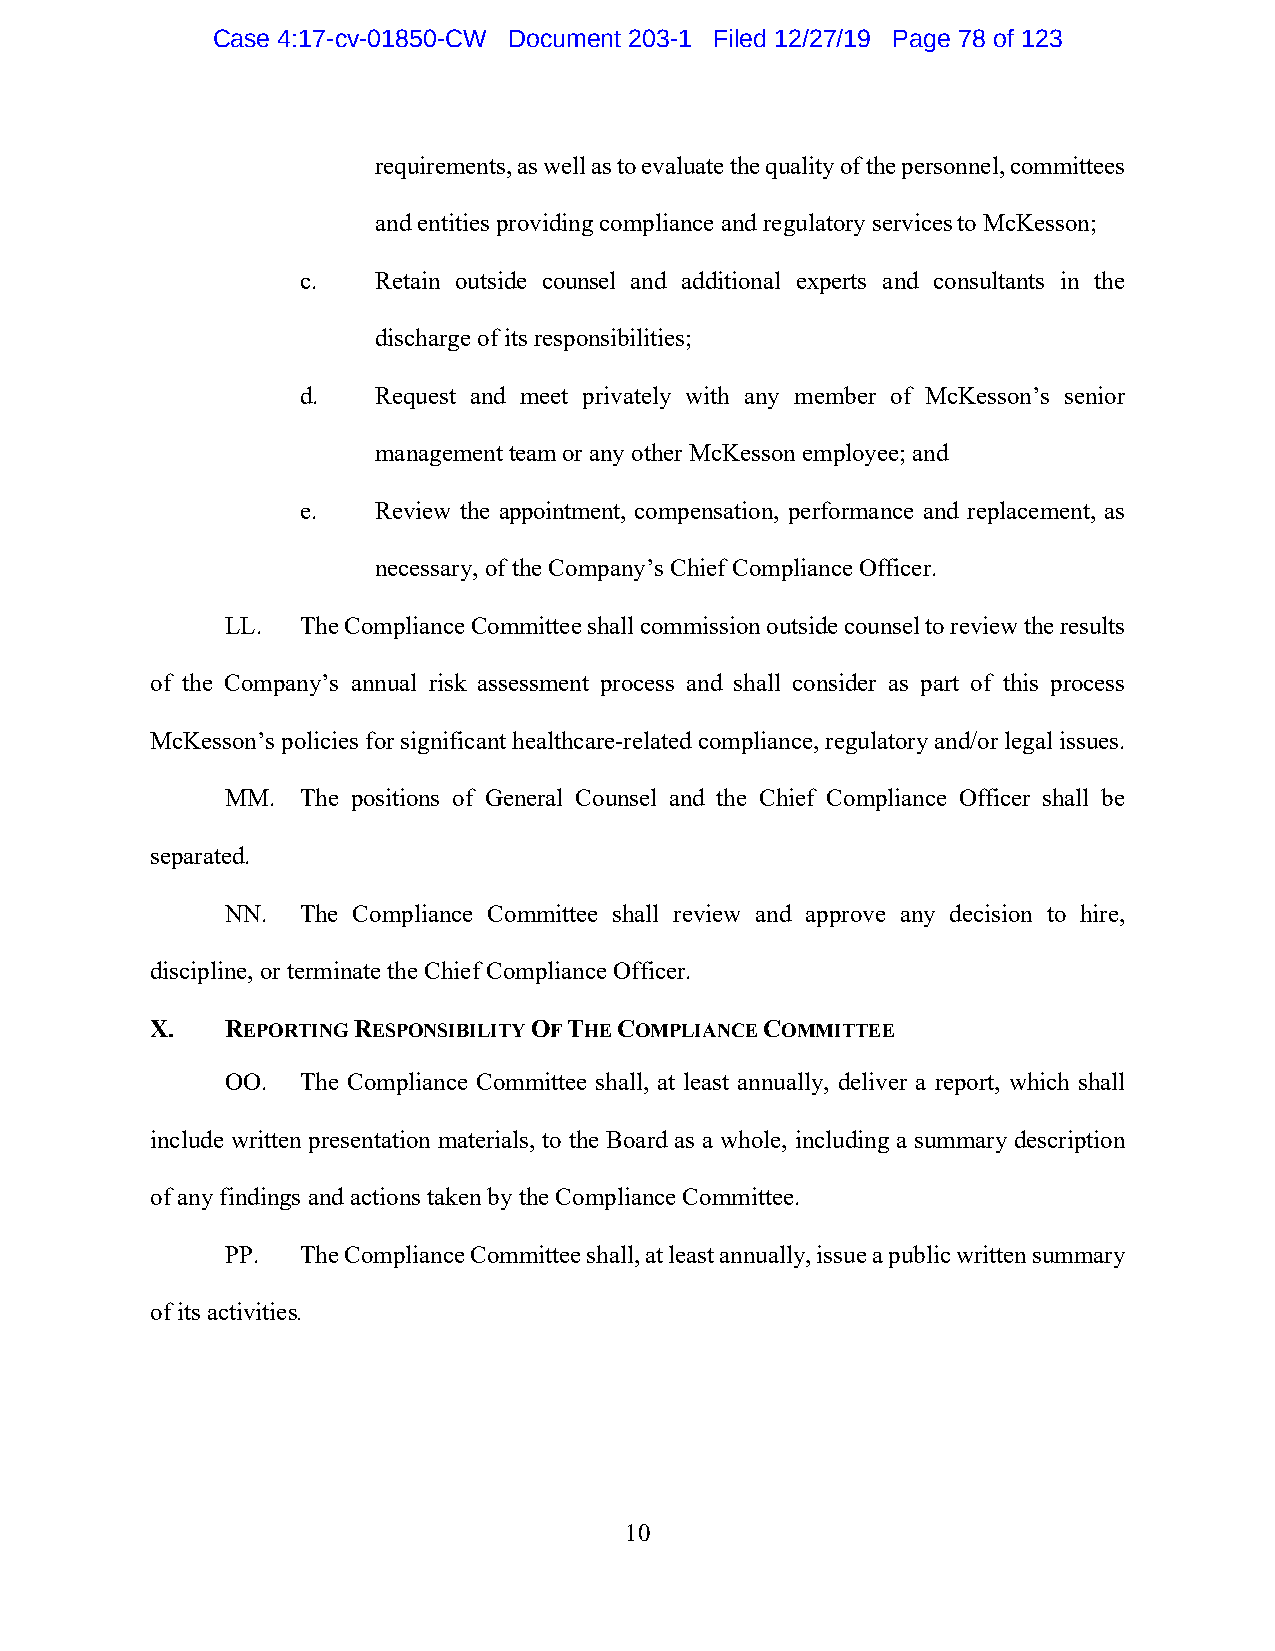
Case 4:17-cv-01850-CW Document 203-1 Filed 12/27/19 Page 78 of 123
 requirements, as well as to evaluate the quality of the personnel, committees
 and entities providing compliance and regulatory services to McKesson;
 c.   Retain outside counsel and additional experts and consultants in the
 discharge of its responsibilities;
 d.   Request and meet privately with any member of McKesson’s senior
 management team or any other McKesson employee; and
 e.   Review the appointment, compensation, performance and replacement, as
 necessary, of the Company’s Chief Compliance Officer.
 LL.  The Compliance Committee shall commission outside counsel to review the results
 of the Company’s annual risk assessment process and shall consider as part of this process
 McKesson’s policies for significant healthcare-related compliance, regulatory and/or legal issues.
 MM.  The positions of General Counsel and the Chief Compliance Officer shall be
 separated.
 NN.  The Compliance Committee shall review and approve any decision to hire,
 discipline, or terminate the Chief Compliance Officer.
 X.   REPORTING RESPONSIBILITY OF THE COMPLIANCE COMMITTEE
 OO.  The Compliance Committee shall, at least annually, deliver a report, which shall
 include written presentation materials, to the Board as a whole, including a summary description
 of any findings and actions taken by the Compliance Committee.
 PP.  The Compliance Committee shall, at least annually, issue a public written summary
 of its activities.
 10